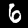
Digit: 6